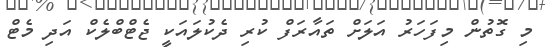
މި ގޮތުން މިފަހަރު އަލަށް ތައާރަފް ކުރި ދެކުލައަކީ ޖެޓްބްލެކް އަދި މެޓް